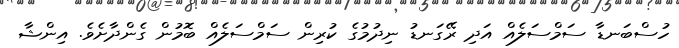
ހުސްބަނޑާ ސަމްސަލެއް އަދި ރޭގަނޑު ނިދުމުގެ ކުރިން ސަމްސަލެއް ބޮމުން ގެންދާށެވެ. އިންޝާ